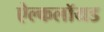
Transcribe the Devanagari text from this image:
ऐल्कलॉयड